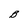
Character: B